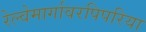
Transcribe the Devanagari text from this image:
रेल्वेमार्गावरपिपरिया